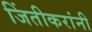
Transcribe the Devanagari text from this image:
जिंतीकरांनी